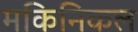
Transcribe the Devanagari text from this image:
मकिनिकल